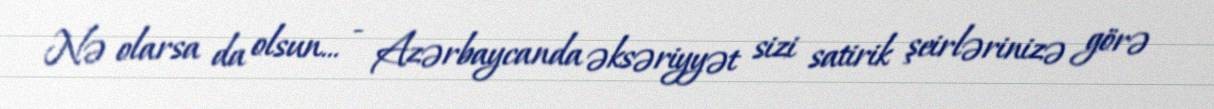
Nə olarsa da olsun... - Azərbaycanda əksəriyyət sizi satirik şeirlərinizə görə